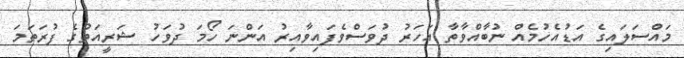
މައްސަލައިގެ އަޑުއެހުމެއް ނުބާއްވާތާ އަހަރު ދުވަސްވެފައިވާއިރު އަންނަ ހޯމަ ދުވަހު ޝަރީއަތުގެ ފުރަތަމަ